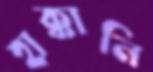
হাক্কানি